Tezpur Lunatic Asylum reports 1877-1894 - 1877-1894
Year: 1877
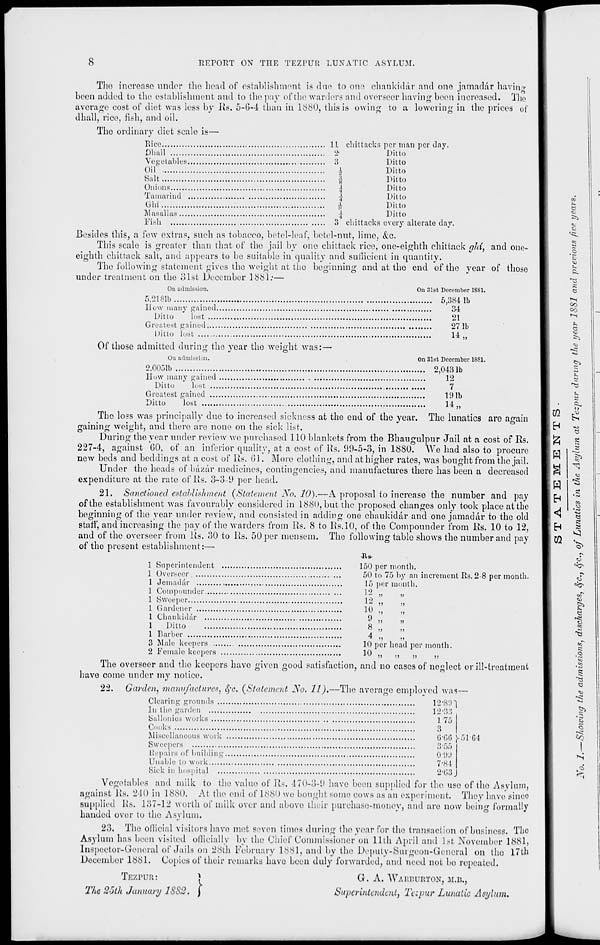
8
REPORT ON TIIE TEZPUR LUNATIC ASYLUM.
The increase under tlie head of establishment is due to one chaukidar and one jamaddr having
been added to the establishment and to the pay of the warders and overseer having beon increased. The
average cost of diet was less by Rs. 5-6-4 than in 1880, this is owing to a lowering in the prices of
dhall, rice, fish, and oil.
The ordinary diet scale is—
Rice
IX chittacks per man per day.
Dluill
2
Ditto
Vegetables
3
Oil
i
Salt
Onions
Tamarind
Ghi
Masallaa
Fi^li
Ditto
Ditto
Ditto
Ditto
Ditto
Ditto
Ditto
chittacks every alterate day.
Besides this, a few extras, such as tobacco, betel-leaf, betel-nut, lime, &c.
This scale is greater than that of the jail by one chittack rice, one-eighth chittack ghi, and one-
eighth chittack salt, and appears to be suitable in quality and sufficient in quantity.
The following statement gives the weight at tho beginning and at the end of the year of those
under treatment on the olst December 1881:—
Oil admission.
On 31st December 1881.
5,2181b
5,384 lb
How many gained.
Ditto
lost
Greatest gained
Ditto lost ...
34
21
271b
14,.
Of those admitted during tho year the weight was:—
On admission.
On 31st December 1881.
2.0051b
2,0431b
How many gained
12
Ditto
lost
7
Greatest gained
191b
Ditto
lost
14 „
The loss was principally due to increased sickness at the end of tho year. The lunatics are again
gaining weight, and there are none on the sick list.
During the year under review we purchased 110 blankets from the Bhaugulpnr Jail at a cost of Rs.
227-4, against 60, of an inferior quality, at a cost of Ks. 99-5-3, in 1880. We had also to procure
new beds and beddings at a cost of Rs. 61. More clothing, and at higher rates, was bought from the jail.
Under the heads of bazar medicines, contingencies, and manufactures there has been a decreased
expenditure at the rate of Rs. 3-3-9 per head.
21. Sanctioned establishment (Statement No. 10).—A proposal to increase the number and pay
of the establishment was favourably considered in 1880, but the proposed changes only took place at the
beginning of the year under review, and consisted in adding one chaukidar and one jamaddr to the old
staff, and increasing the pay of the warders from Us. 8 to Rs.10, of the Compounder from Rs. 10 to 12,
and of the overseer from Rs. 30 to Us. 50 per mensem. The following table shows the number and pay
of the present establishment:—
Jls-
150 per month.
50 to 75 by an increment Rs. 2-8 per month.
15 per month.
12
)»
M
)>
ti
11
12
10
9
8
4
10 per head per month.
10
1 Superintendent
1 Overseer
1 Jemadar
1 Com pounder.....
1 Sweeper
1 Gardener
1 Chaukidar
1
Ditto
1 Barber
3 Male keepers ..
2 Female keepers
The overseer and the keepers have given good satisfaction, and no cases of neglect or ill-treatment
have come under my notice.
22. Garden, manufactures, §c. (Statement No. 11).—The average employed was—
Clearing grounds
12*89"1
In the garden
12*33
Sallonies works
1 7.j
Cooks
3
Miscellaneous work
Sweepers
Repairs of building.
Unable to work
Sick in hospital ...
Vegetables and milk to the value of Rs. 470-3-9 have been supplied for the use of the Asylum,
against Rs. 210 in 1880. At the end of 1880 we bought some cows as an experiment. They have since
supplied Rs. 137-12 worth of milk over and above their purchase-money, and are now being formally
handed over to the Asylum.
23. The oflicial visitors havo met seven times during the year for the transaction of business. The
Asylum has been visited officially by the Chief Commissioner on 11th April ami 1st, November 1881,
Inspector-General of Jails on 28th February 1881, and by the Deputy-Surgeon-General on tho 17th
December 1881. Copies of their remarks have been duly forwarded, and need not bo repeated.
TEZPUR:
*
6*66 1-51*64
0*99
7*84
2*G3
The 26th January 18S, ».|
G. A. WARBURTON, M.B.,
Superintendent, Tetpur Lunatic Asylum.